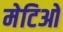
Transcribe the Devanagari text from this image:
मेटिओ